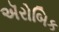
ઍરોબિક